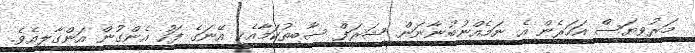
މަރުވިޔަސް އަހަރެން އެ ނަމެއްނުބުނާނަން. ޝަރަފް ސާބިތުކަމާއެކީ އޭނަގެ ފަހު އެންގުން އަންގާލިއެވެ.